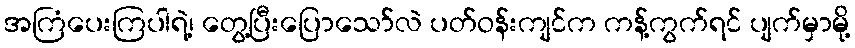
အကြံပေးကြပါရဲ့၊ တွေ့ပြီးပြောသော်လဲ ပတ်ဝန်းကျင်က ကန့်ကွက်ရင် ပျက်မှာမို့